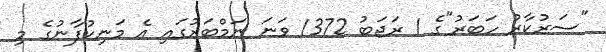
"ސަރުކާރު ހަބަރު"ގެ 1 ރަޖަބު 1372 ވަނަ ނަމްބަރުގައި އެ މަނިކުފާނުގެ މި